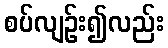
စပ်လျဉ်း၍လည်း